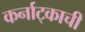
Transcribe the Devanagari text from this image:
कर्नाट्काची